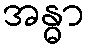
အန္ဓာ